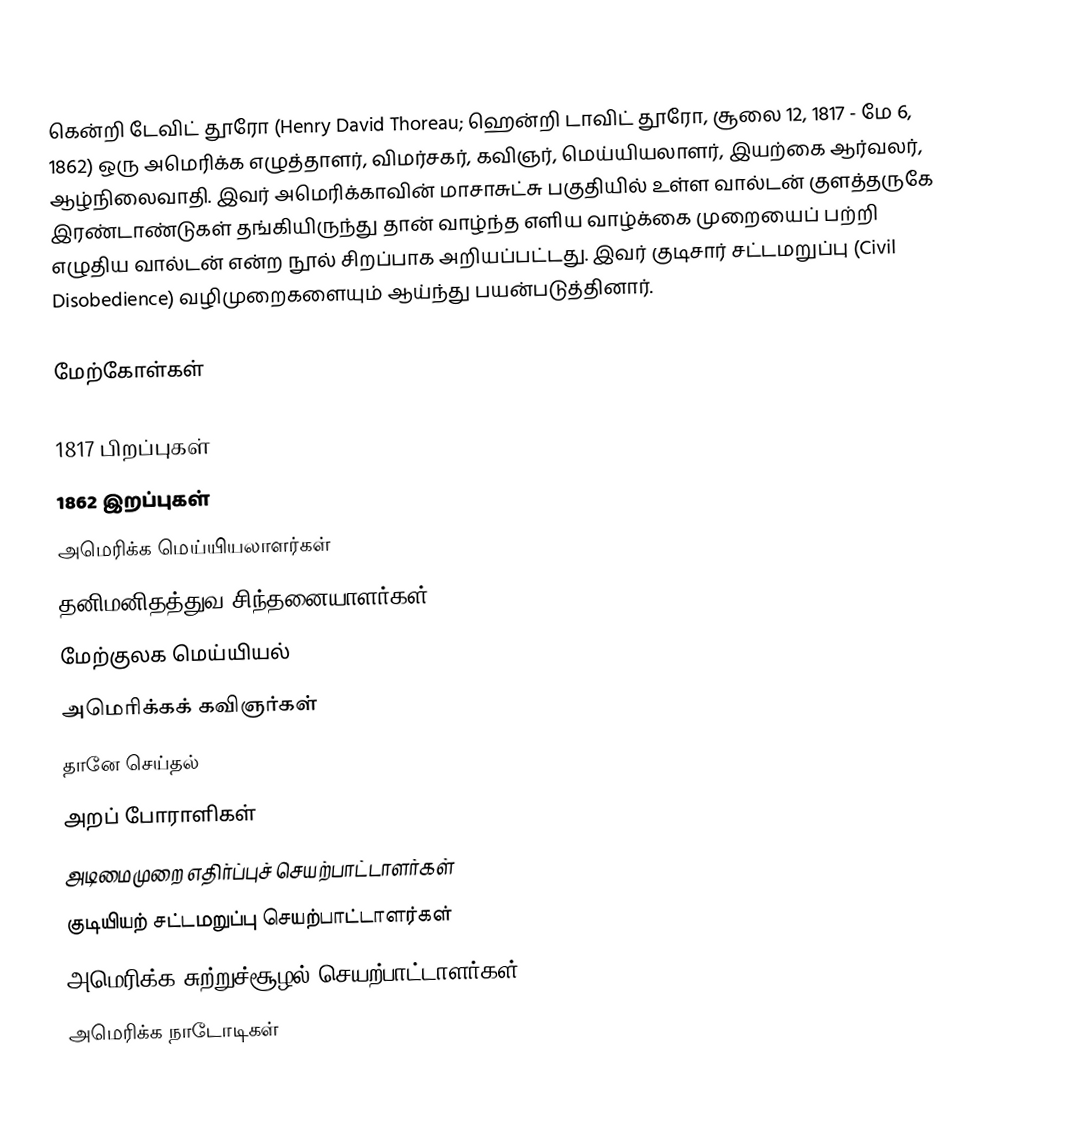
கென்றி டேவிட் தூரோ (Henry David Thoreau; ஹென்றி டாவிட் தூரோ, சூலை 12, 1817 - மே 6, 1862) ஒரு அமெரிக்க எழுத்தாளர், விமர்சகர், கவிஞர், மெய்யியலாளர், இயற்கை ஆர்வலர், ஆழ்நிலைவாதி. இவர் அமெரிக்காவின் மாசாசுட்சு பகுதியில் உள்ள வால்டன் குளத்தருகே இரண்டாண்டுகள் தங்கியிருந்து தான் வாழ்ந்த எளிய வாழ்க்கை முறையைப் பற்றி எழுதிய வால்டன் என்ற நூல் சிறப்பாக அறியப்பட்டது. இவர் குடிசார் சட்டமறுப்பு (Civil Disobedience) வழிமுறைகளையும் ஆய்ந்து பயன்படுத்தினார்.

மேற்கோள்கள்

1817 பிறப்புகள்
1862 இறப்புகள்
அமெரிக்க மெய்யியலாளர்கள்
தனிமனிதத்துவ சிந்தனையாளர்கள்
மேற்குலக மெய்யியல்
அமெரிக்கக் கவிஞர்கள்
தானே செய்தல்
அறப் போராளிகள்
அடிமைமுறை எதிர்ப்புச் செயற்பாட்டாளர்கள்
குடியியற் சட்டமறுப்பு செயற்பாட்டாளர்கள்
அமெரிக்க சுற்றுச்சூழல் செயற்பாட்டாளர்கள்
அமெரிக்க நாடோடிகள்